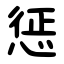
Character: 惩